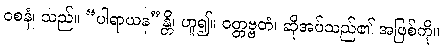
ဝစနံ၊ သည်။ “ပါရာယန”န္တိ၊ ဟူ၍။ ဝတ္တဗ္ဗတံ၊ ဆိုအပ်သည်၏ အဖြစ်ကို။